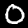
Digit: 0